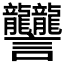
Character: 𧮩